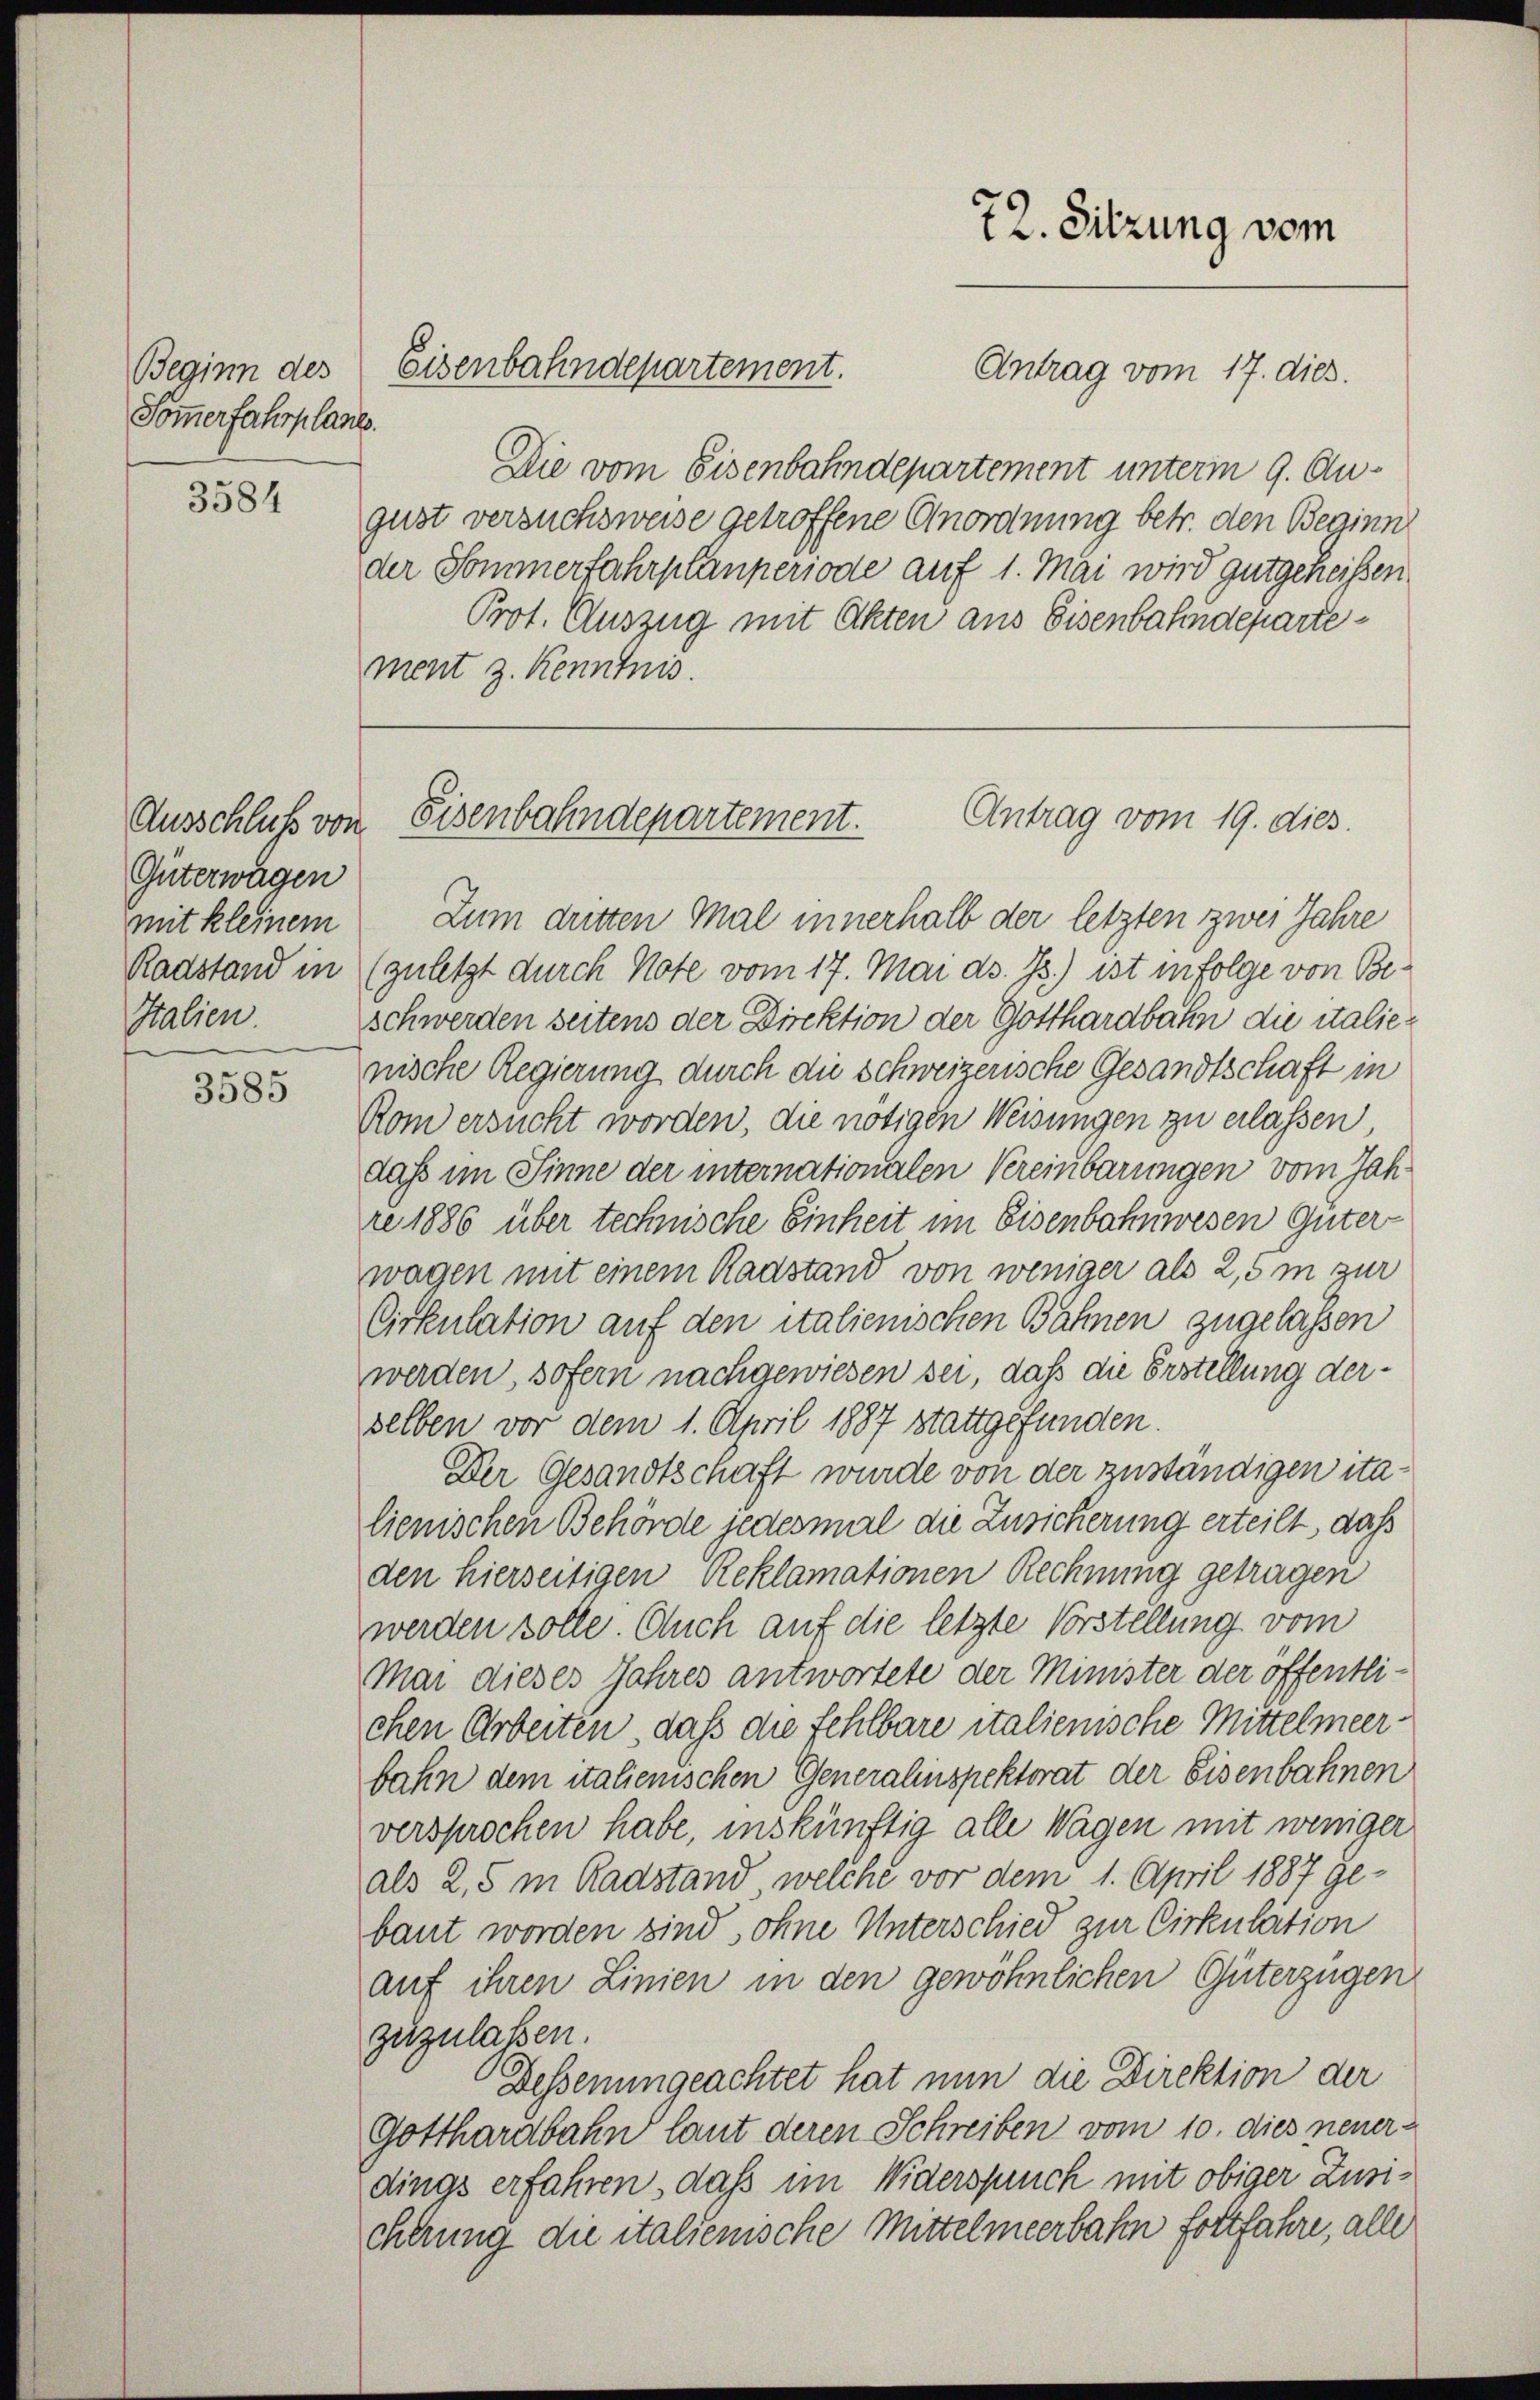
Sommerfahrplanes.

3584

Ausschluß von
Güterwagen
Italien.

3585

Beginn des Eisenbahndepartement.

Die vom Eisenbahndepartement unterm 9. August versuchsweise getroffene Anordnung betr. den Beginn
der Sommerfahrplanperiode auf 1. Mai wird gutgeheißen.
Prot. Auszug mit Akten aus Eisenbahndepartement z. Kenntnis.

72. Sitzung vom

Antrag vom 17. dies.

Antrag vom 19. dies
Eisenbahndepartement.

mit kleinem Zum dritten Mal innerhalb der letzten zwei Jahre
Radstand in (zuletzt durch Note vom 17. Mai d. Js.) ist in folge von Beschwerden seitens der Direktion der Gotthardbahn die italienische Regierung durch die Schweizerische Gesandtschaft in
Rom ersucht worden, die nötigen Weisungen zu erlassen,
dass im Sinne der internationalen Vereinbarungen vom Jahre 1886 über technische Einheit im Eisenbahnwesen Güter-
wagen mit einem Radstand von weniger als 2,5 m zur
Cirkulation auf den italienischen Bahnen zugelassen
werden, sofern nachgewiesen sei, daß die Erstellung derselben vor dem 1. April 1887 stattgefunden.
Der Gesandtschaft wurde von der zuständigen italienischen Behörde jedesmal die Zusicherung erteilt, daß
den hierseitigen Reklamationen Rechnung getragen
werden solle. Auch auf die letzte Vorstellung vom
Mai dieses Jahres antwortete der Minister der öffentlichen Arbeiten, daß die fehlbare italienische Mittelmeerbahn dem italienischen Generalinspektorat der Eisenbahnen
versprochen habe, inskünftig alle Wagen mit weniger
als 2,5 m Radstand welche vor dem 1. April 1887 Gebaut worden sind sohne Unterschied zur Cirkulation
auf ihren Linien in den gewöhnlichen Güterzügen
zuzulassen.
Dessenungeachtet hat nun die Direktion der
Gotthardbahn laut deren Schreiben vom 10. dies neuerdings erfahren, daß im Widerspruch mit obiger Zusicherung die italienische Mittelmeerbahn fortfahre, alle